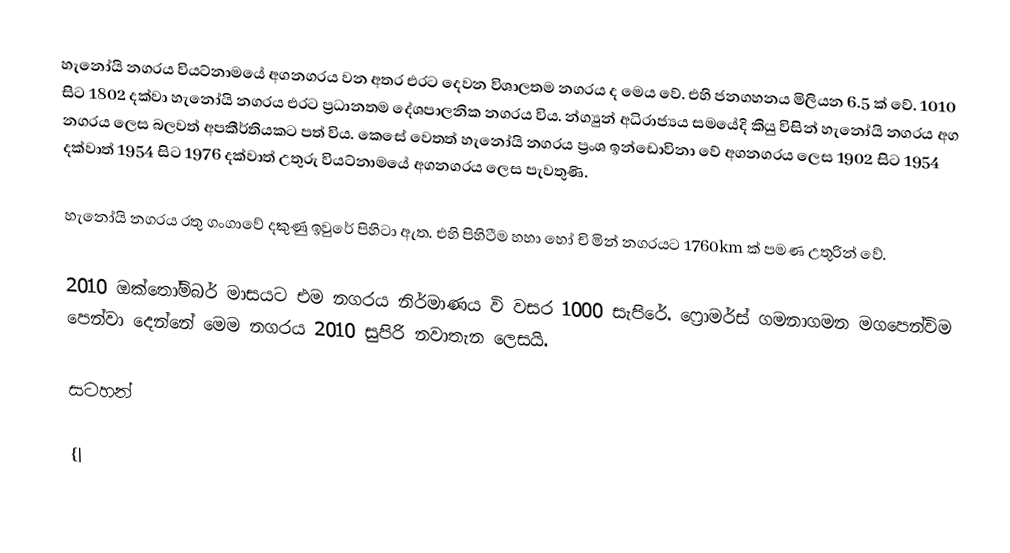
හැනෝයි නගරය වියට්නාමයේ අගනගරය වන අතර එරට දෙවන විශාලතම නගරය ද මෙය වේ. එහි ජනගහනය මිලියන 6.5 ක් වේ. 1010 සිට 1802 දක්වා හැනෝයි නගරය එරට ප්‍රධානතම දේශපාලනික නගරය විය. න්ග්‍යුන් අධිරාජ්‍යය සමයේදි කියු විසින් හැනෝයි නගරය අග නගරය ලෙස බලවත් අපකීර්තියකට පත් විය. කෙසේ වෙතත් හැනෝයි නගරය ප්‍රංශ ඉන්ඩොවිනා වේ අගනගරය ලෙස 1902 සිට 1954 දක්වාත් 1954 සිට 1976 දක්වාත් උතුරු වියට්නාමයේ අගනගරය ලෙස පැවතුණි.

හැනෝයි නගරය රතු ගංගාවේ දකුණු ඉවුරේ පිහිටා ඇත. එහි පිහිටීම හහා හෝ චි මින් නගරයට 1760km ක් පමණ උතුරින් වේ.

2010 ඔක්තෝම්බර් මාසයට එම නගරය නිර්මාණය වි වසර 1000 සැපිරේ. ෆ්‍රොමර්ස් ගමනාගමන මගපෙන්විම පෙන්වා දෙන්නේ මෙම නගරය 2010 සුපිරි නවාතැන ලෙසයි.

සටහන්

{|